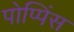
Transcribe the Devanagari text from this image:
पोप्पिंस